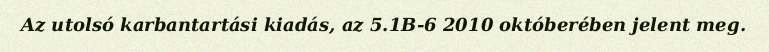
Az utolsó karbantartási kiadás, az 5.1B-6 2010 októberében jelent meg.